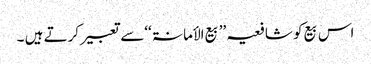
اس بیع کو شافعیہ ’’بیع الأمانۃ ‘‘سے تعبیر کرتے ہیں ۔